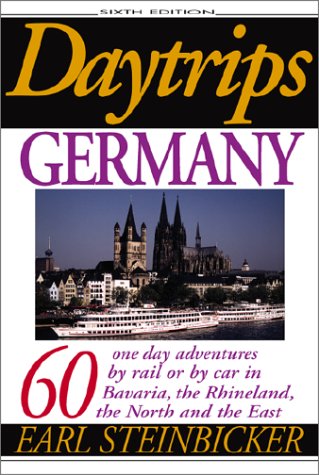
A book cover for Daytrips Germany: 60 One Day Adventures by Rail or by Car in Bavaria, the Rhineland, the North and the East; Earl Steinbicker; Travel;